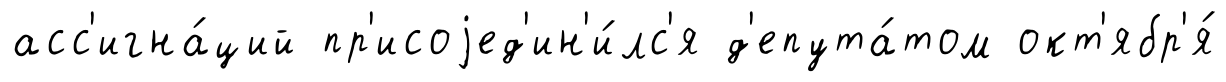
асс'игна́ций пр'исоjед'ин'и́лс'я д'епута́том окт'ябр'я́